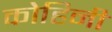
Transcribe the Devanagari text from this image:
कोहिनी